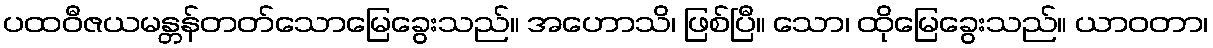
ပထဝီဇယမန္တန်တတ်သောမြေခွေးသည်။ အဟောသိ၊ ဖြစ်ပြီ။ သော၊ ထိုမြေခွေးသည်။ ယာဝတာ၊